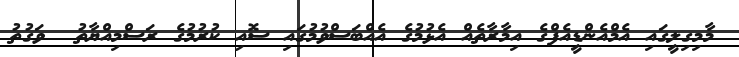
މާމިގިލީގައި އެމްއެންޑީއެފްގެ އިމާރާތެއް އެޅުމުގެ އެއްބަސްވުމުގައި ސޮއި ކުރުމުގެ ރަސްމިއްޔާތު  ވަގުތު